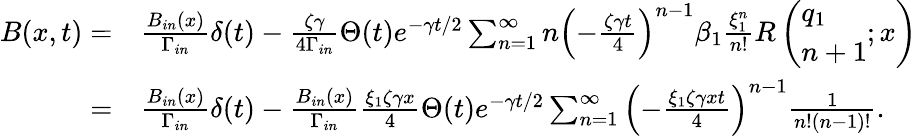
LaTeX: \begin{array}{rl}{B(x,t)=}&{{}\frac{B_{in}(x)}{\Gamma_{in}}\delta(t)-\frac{\zeta\gamma}{4\Gamma_{in}}\Theta(t)e^{-\gamma t/2}\sum_{n=1}^{\infty}n\left(-\frac{\zeta\gamma t}{4}\right)^{n-1}\beta_{1}\frac{\xi_{1}^{n}}{n!}R\left(\begin{array}{l}{q_{1}}\\ {n+1}\end{array};x\right)}\\ {=}&{{}\frac{B_{in}(x)}{\Gamma_{in}}\delta(t)-\frac{B_{in}(x)}{\Gamma_{in}}\frac{\xi_{1}\zeta\gamma x}{4}\Theta(t)e^{-\gamma t/2}\sum_{n=1}^{\infty}\left(-\frac{\xi_{1}\zeta\gamma xt}{4}\right)^{n-1}\frac{1}{n!(n-1)!}.}\end{array}